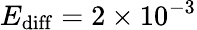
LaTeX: E_{\mathrm{diff}}=2\times 10^{-3}